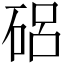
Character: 𥓅